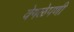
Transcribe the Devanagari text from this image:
वेगळेपणी